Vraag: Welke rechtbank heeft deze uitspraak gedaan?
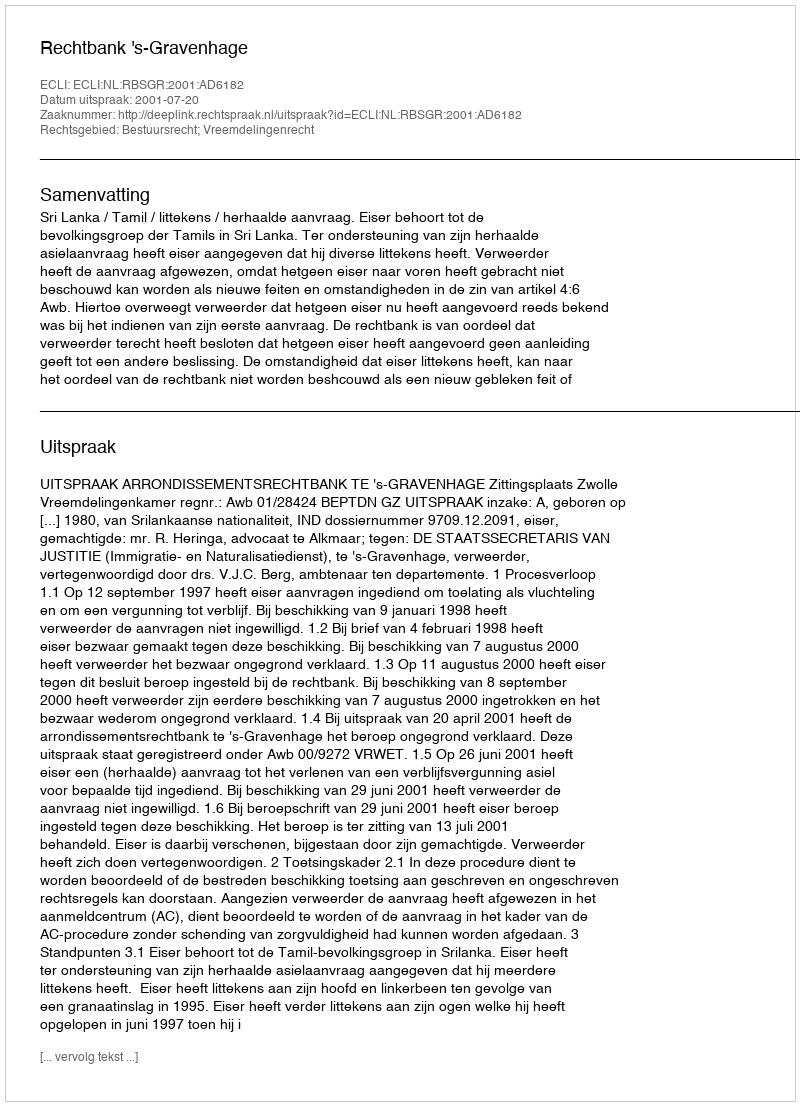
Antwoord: Rechtbank 's-Gravenhage